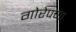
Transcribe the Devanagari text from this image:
गोरेपणा